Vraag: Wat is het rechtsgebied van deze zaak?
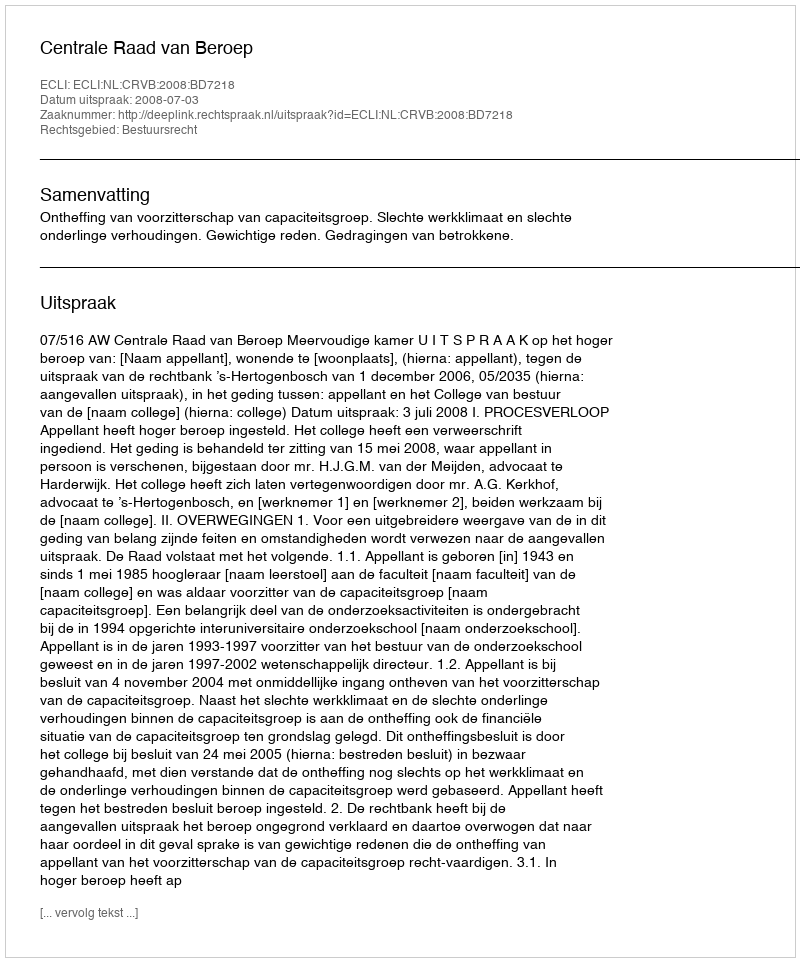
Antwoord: Bestuursrecht